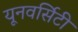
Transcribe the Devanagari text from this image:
यूनवर्सिटी